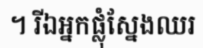
។ រីឯអ្នកផ្លុំស្នែងឈរ